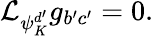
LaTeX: \mathcal{L}_{\psi_{K}^{d^{\prime}}}g_{b^{\prime}c^{\prime}}=0.